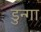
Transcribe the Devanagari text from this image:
डुन्गा